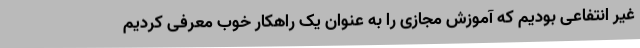
غیر انتفاعی بودیم که آموزش مجازی را به عنوان یک راهکار خوب معرفی کردیم